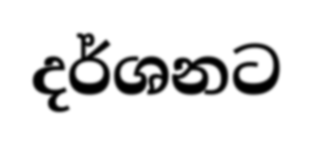
දර්ශනට